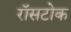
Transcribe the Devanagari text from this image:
रॉसटोक